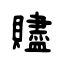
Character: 贐